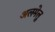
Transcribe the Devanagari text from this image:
अलमेलु